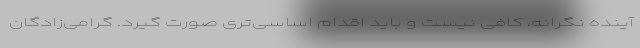
آینده نگرانه، کافی نیست و باید اقدام اساسی‌تری صورت گیرد. گرامی‌زادگان